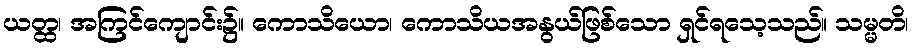
ယတ္ထ၊ အကြင်ကျောင်း၌။ ကောသိယော၊ ကောသိယအနွယ်ဖြစ်သော ရှင်ရသေ့သည်။ သမ္မတိ၊